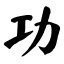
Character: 功